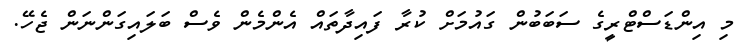
މި އިންޑަސްޓްރީގެ ސަބަބުން ގައުމަށް ކުރާ ފައިދާތައް އެންމެން ވެސް ބަލައިގަންނަން ޖެހޭ.